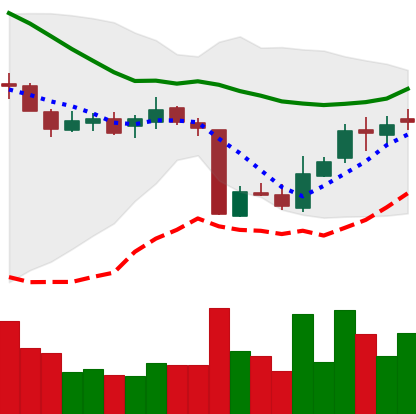
Ticker: XLM-USD
Chart end date: 2018-10-20
Forward return: -3.496%
Label: down_3_5